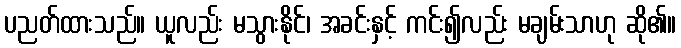
ပညတ်ထားသည်။ ယူလည်း မသွားနိုင်၊ အခင်းနှင့် ကင်း၍လည်း မချမ်းသာဟု ဆို၏။